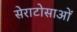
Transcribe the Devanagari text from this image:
सेराटोसाओं